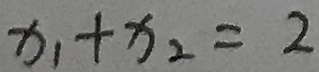
x _ { 1 } + x _ { 2 } = 2